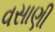
વસાણી